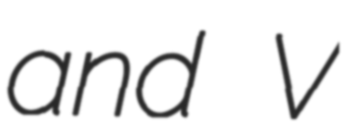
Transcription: and V